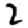
Digit: 2